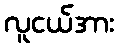
လူငယ်အား